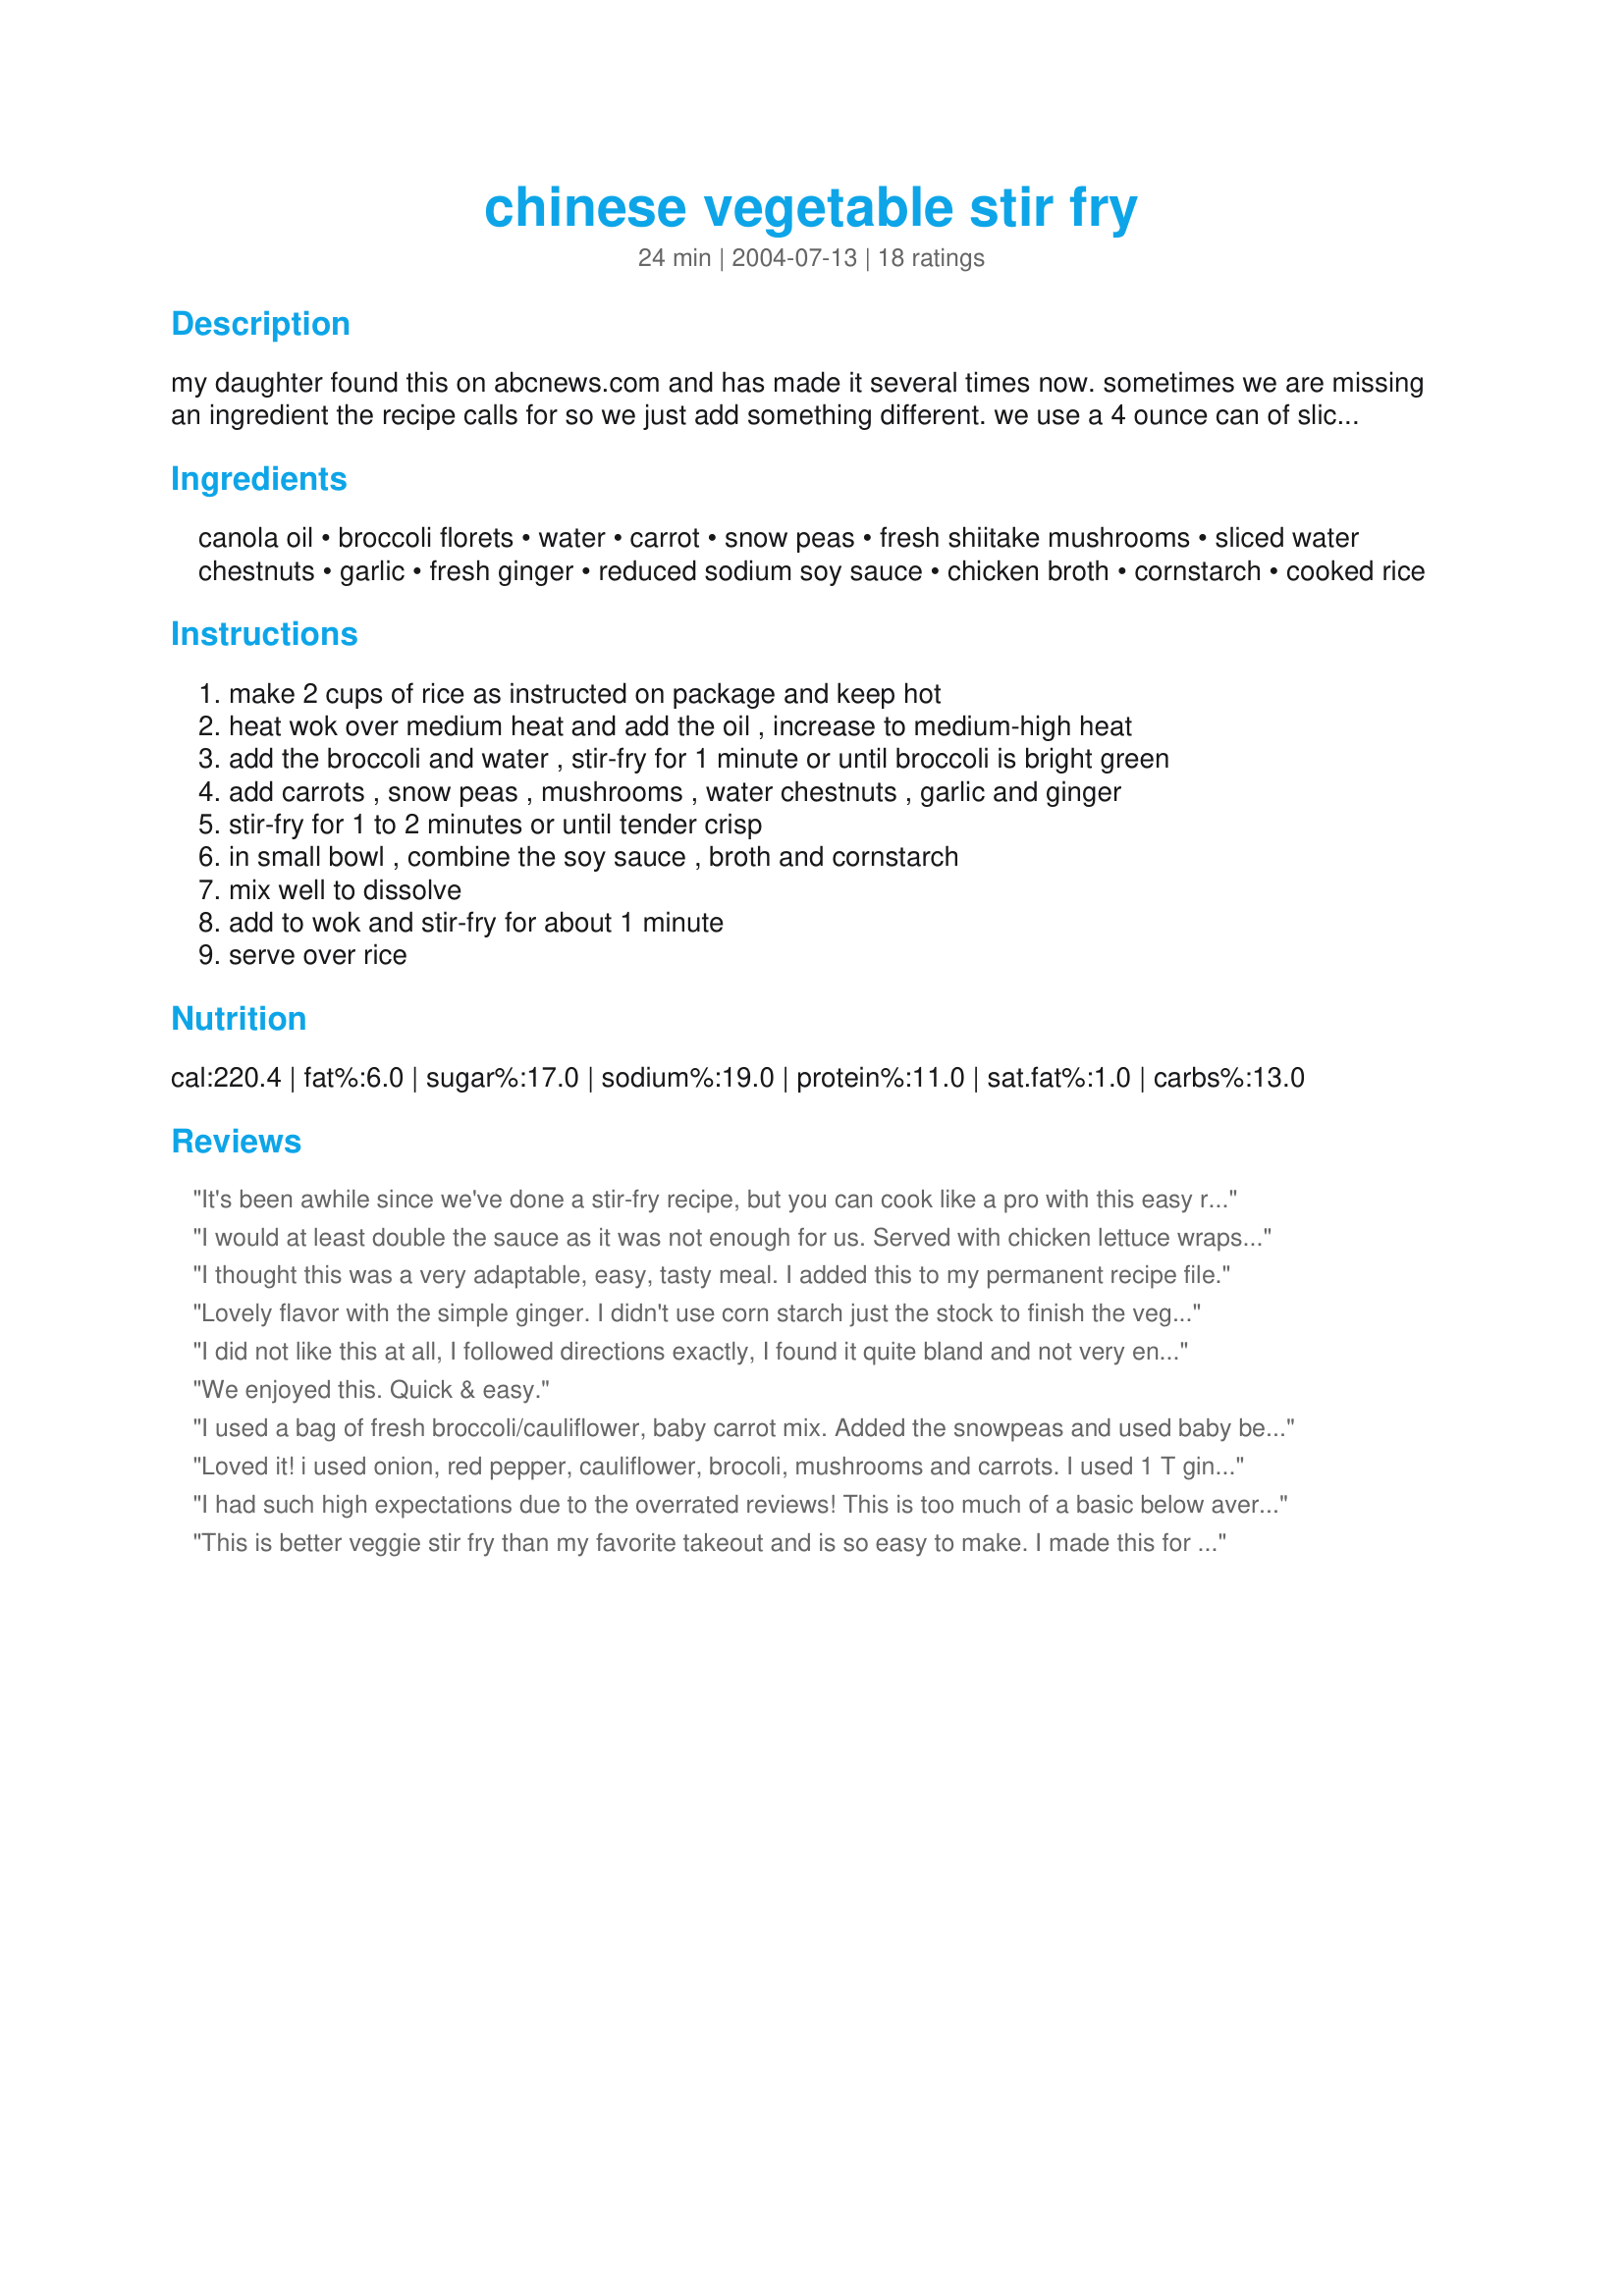
chinese vegetable stir fry
Preparation time: 24 minutes

my daughter found this on abcnews.com and has made it several times now. sometimes we are missing an ingredient the recipe calls for so we just add something different. we use a 4 ounce can of sliced mushrooms instead of the shitake. we also use frozen broccoli and snow peas to speed this recipe up.

Ingredients:
canola oil, broccoli florets, water, carrot, snow peas, fresh shiitake mushrooms, sliced water chestnuts, garlic, fresh ginger, reduced sodium soy sauce, chicken broth, cornstarch, cooked rice

Steps:
make 2 cups of rice as instructed on package and keep hot
heat wok over medium heat and add the oil , increase to medium-high heat
add the broccoli and water , stir-fry for 1 minute or until broccoli is bright green
add carrots , snow peas , mushrooms , water chestnuts , garlic and ginger
stir-fry for 1 to 2 minutes or until tender crisp
in small bowl , combine the soy sauce , broth and cornstarch
mix well to dissolve
add to wok and stir-fry for about 1 minute
serve over rice

Reviews:
It's been awhile since we've done a stir-fry recipe, but you can cook like a pro with this easy recipe! I followed pretty much exactly although I did save the mushrooms until after the carrot mixture was cooked through and then cooked one minute longer. Used veggie broth in place of chicken and a bit more cornstarch than suggested. Great mix! Made for ZWT6.
I would at least double the sauce as it was not enough for us. Served with chicken lettuce wraps and soup.
I thought this was a very adaptable, easy, tasty meal. I added this to my permanent recipe file.
 Lovely flavor with the simple ginger. I didn't use corn starch just the stock to finish the veggies with steam. Added cauliflower, no waterchestnuts. I was only cooking for 2 so didn't want to open a whole tin. Love stir fry veggies and this is one good recipe thanks Charlotte 3.
I did not like this at all, I followed directions exactly, I found it quite bland and not very enjoyable
We enjoyed this. Quick & easy.
I used a bag of fresh broccoli/cauliflower, baby carrot mix. Added the snowpeas and used baby bella mushrooms, sliced. Added some onion. What I like about this recipe is it is easy to make and you don&#039;t need a lot of fancy or hard to find ingredients, and it&#039;s delicious. I served it with brown rice. Big hit with the husband and he&#039;s not a big stir fry fan.
Loved it! i used onion, red pepper, cauliflower, brocoli, mushrooms and carrots. I used 1 T ginger and 3 garlic. This turned out extemely well. As with previous reviewers, I drizzled some sesame oil on at the end. I will definately do this one again!
I had such high expectations due to the overrated reviews! This is too much of a basic below average stir fry recipe; it seems to me people are rating it high mainly because it&#039;s a simple recipe to make!
This is better veggie stir fry than my favorite takeout and is so easy to make. I made this for my husband and his co-workers and they raved about it. It received five stars from everyone who tried it.
I made this with button mushrooms instead of shiitakes, because the ones at the store didn't look so great. I think it would be even better with shiitakes, so I'll definitely try that next time around. This was made and reviewed for ZWT4. Thanks for posting Charlotte.
Delicious and simple, I love it! The vegetables turned out nice and bright and were very crisp. I used carrots, water chestnuts, snow peas and garlic, and doubling the sauce gave me just enough for all of it. Thank you, will be making this often!
ACTUALLY more prep and cook time is needed than 24 minutes can even be 40+ minutes if you want to do it right. and wash and soak your veggies. Get rid of the mushrooms they don&#039;t add to flavor and every one hates them.
Tried this recipe, wow now am no a cook but this recipe kind of made me one. I had baked chicken quarters with sesame seed marinade and had a bag of vegetables. Went on line and found this easy and delicious recipe that i made for my chicken .. didn't have all the ingredients but had the parts which gave the dish its flavor. Thank you for sharing this.
Wow, I loved this! So fresh tasting, and really easy to make too! I didn't have any fresh shiitakes, so I used a can of straw mushrooms. I also added a can of baby corn and some fresh baby bok choy and bean sprouts to the mix. I didn't have time to make the rice, but I found that it wasn't really needed (I just eat more of the veggies to make up for the rice lol). I'll definitely be making this again -- Thanks for posting! Made for ZWT4
Very good veggie stir fry. I used what I had on hand which was broccoli, onions, zucchini,water chestnuts, and carrots. My family loved this. I drizzled on a little sesame oil at the end. Thanks for the recipe
Great dish that I had for dinner. I loved the sauce and the mix of veggies! Thanks Charlotte! Made for the Magic Mushroom Tag!
This is my favorite vegetable stir fry recipe! It is easy and oh so yummy. My picky boys devoured it. I am so thankful I found a great recipe where they actually enjoy eating their veggies.
I have to try that, it looks great. Thanks for sharing
